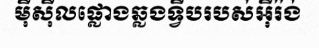
ម៉ីស៊ីលផ្លោងឆ្លងទ្វីបរបស់អ៊ីរ៉ង់